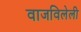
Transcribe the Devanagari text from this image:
वाजविलेली